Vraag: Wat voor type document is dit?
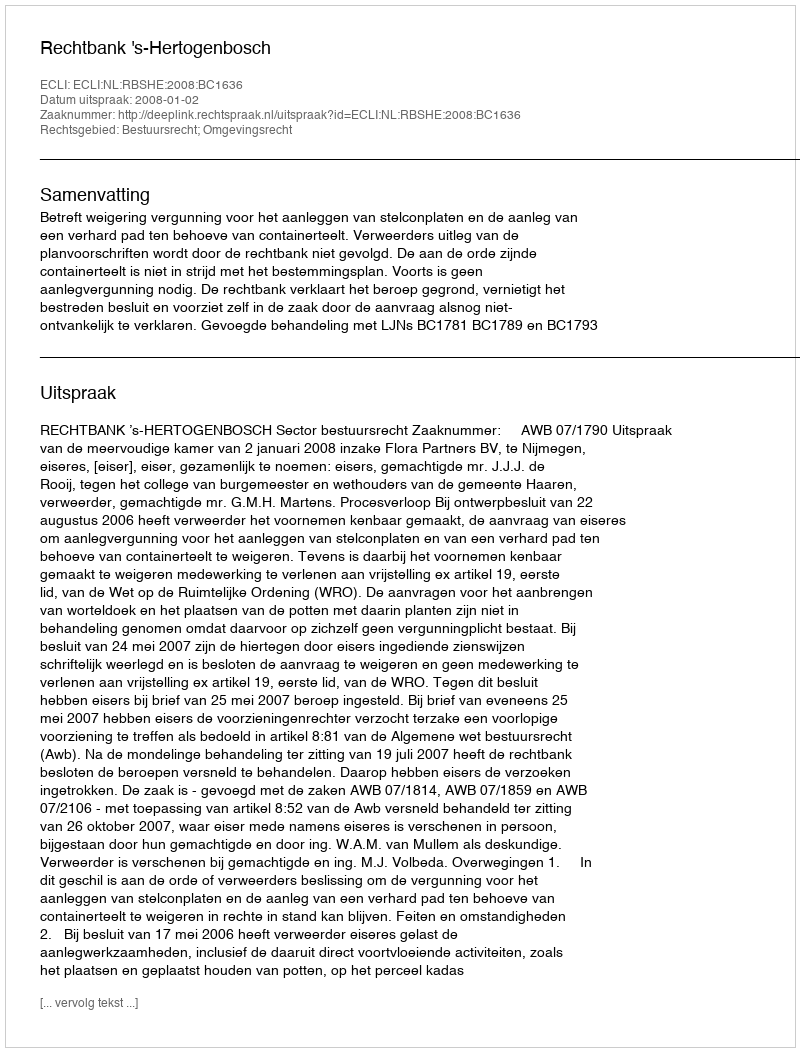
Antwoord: Uitspraak